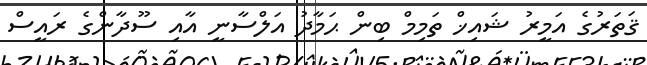
ޤަތަރުގެ އަމީރު ޝައިޚް ތަމިމް ބިން ޙަމާދު އަލްސާނީ އާއި ސޫދާންގެ ރައީސް